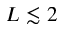
L \lesssim 2